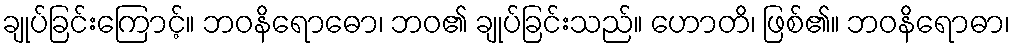
ချုပ်ခြင်းကြောင့်။ ဘဝနိရောဓော၊ ဘဝ၏ ချုပ်ခြင်းသည်။ ဟောတိ၊ ဖြစ်၏။ ဘဝနိရောဓာ၊